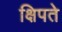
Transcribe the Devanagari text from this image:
क्षिपते